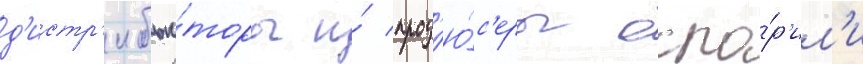
д'истр'ибью́торы и́ прод'ю́с'еры оспо́р'ил'и